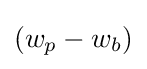
(w_{p}-w_{b})